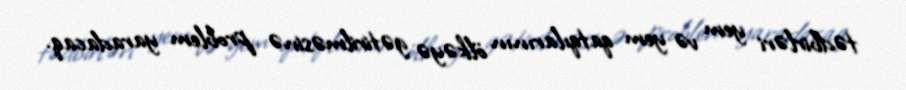
tədbirləri yem və yem qatqılarının ölkəyə gətirilməsinə problem yaradacaq.